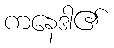
ကနေဒါ၏